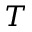
T